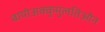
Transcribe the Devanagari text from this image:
बायोअक्कुमुलतिओन